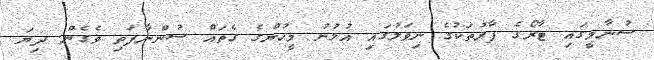
ސުނާމީގައި ޓާރޯގެ ފާރުތަކުގެ ނިވަލުގައި އުޅުނު މީހުންގެ ގެތައް ސުންނާފަތި ވެގެން ދިޔަ